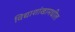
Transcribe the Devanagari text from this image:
विद्याशांखामधील